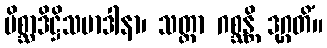
မိစ္ဆာဒိဋ္ဌိသမာဒါနာ၊ သတ္တာ ဂစ္ဆန္တိ ဒုဂ္ဂတိံ။